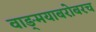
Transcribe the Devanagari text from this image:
वाङ्‌मयाबरोबरच